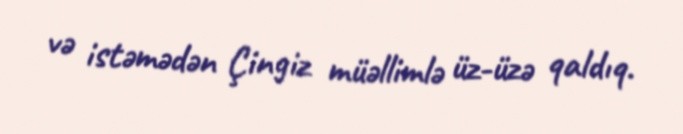
və istəmədən Çingiz müəllimlə üz-üzə qaldıq.